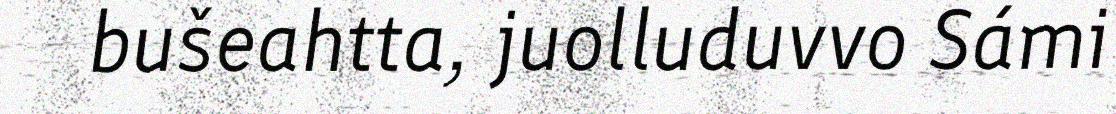
bušeahtta, juolluduvvo Sámi